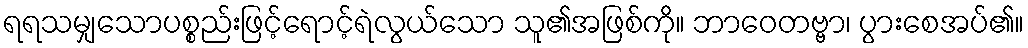
ရရသမျှသောပစ္စည်းဖြင့်ရောင့်ရဲလွယ်သော သူ၏အဖြစ်ကို။ ဘာဝေတဗ္ဗာ၊ ပွားစေအပ်၏။